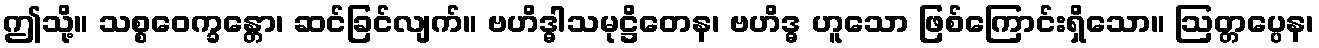
ဤသို့။ သစ္စဝေက္ခန္တော၊ ဆင်ခြင်လျက်။ ဗဟိဒ္ဓါသမုဋ္ဌိတေန၊ ဗဟိဒ္ဓ ဟူသော ဖြစ်ကြောင်းရှိသော။ ဩတ္တပ္ပေန၊